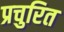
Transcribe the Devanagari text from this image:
प्रचुरित